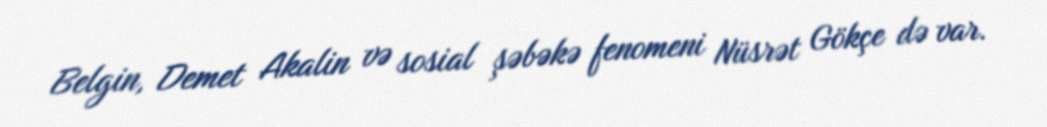
Belgin, Demet Akalin və sosial şəbəkə fenomeni Nüsrət Gökçe də var.